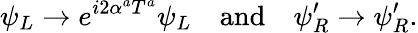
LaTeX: \psi_{L}\to e^{i2\alpha^{a}T^{a}}\psi_{L}\quad\mathrm{and}\quad\psi_{R}^{\prime}\to\psi_{R}^{\prime}.